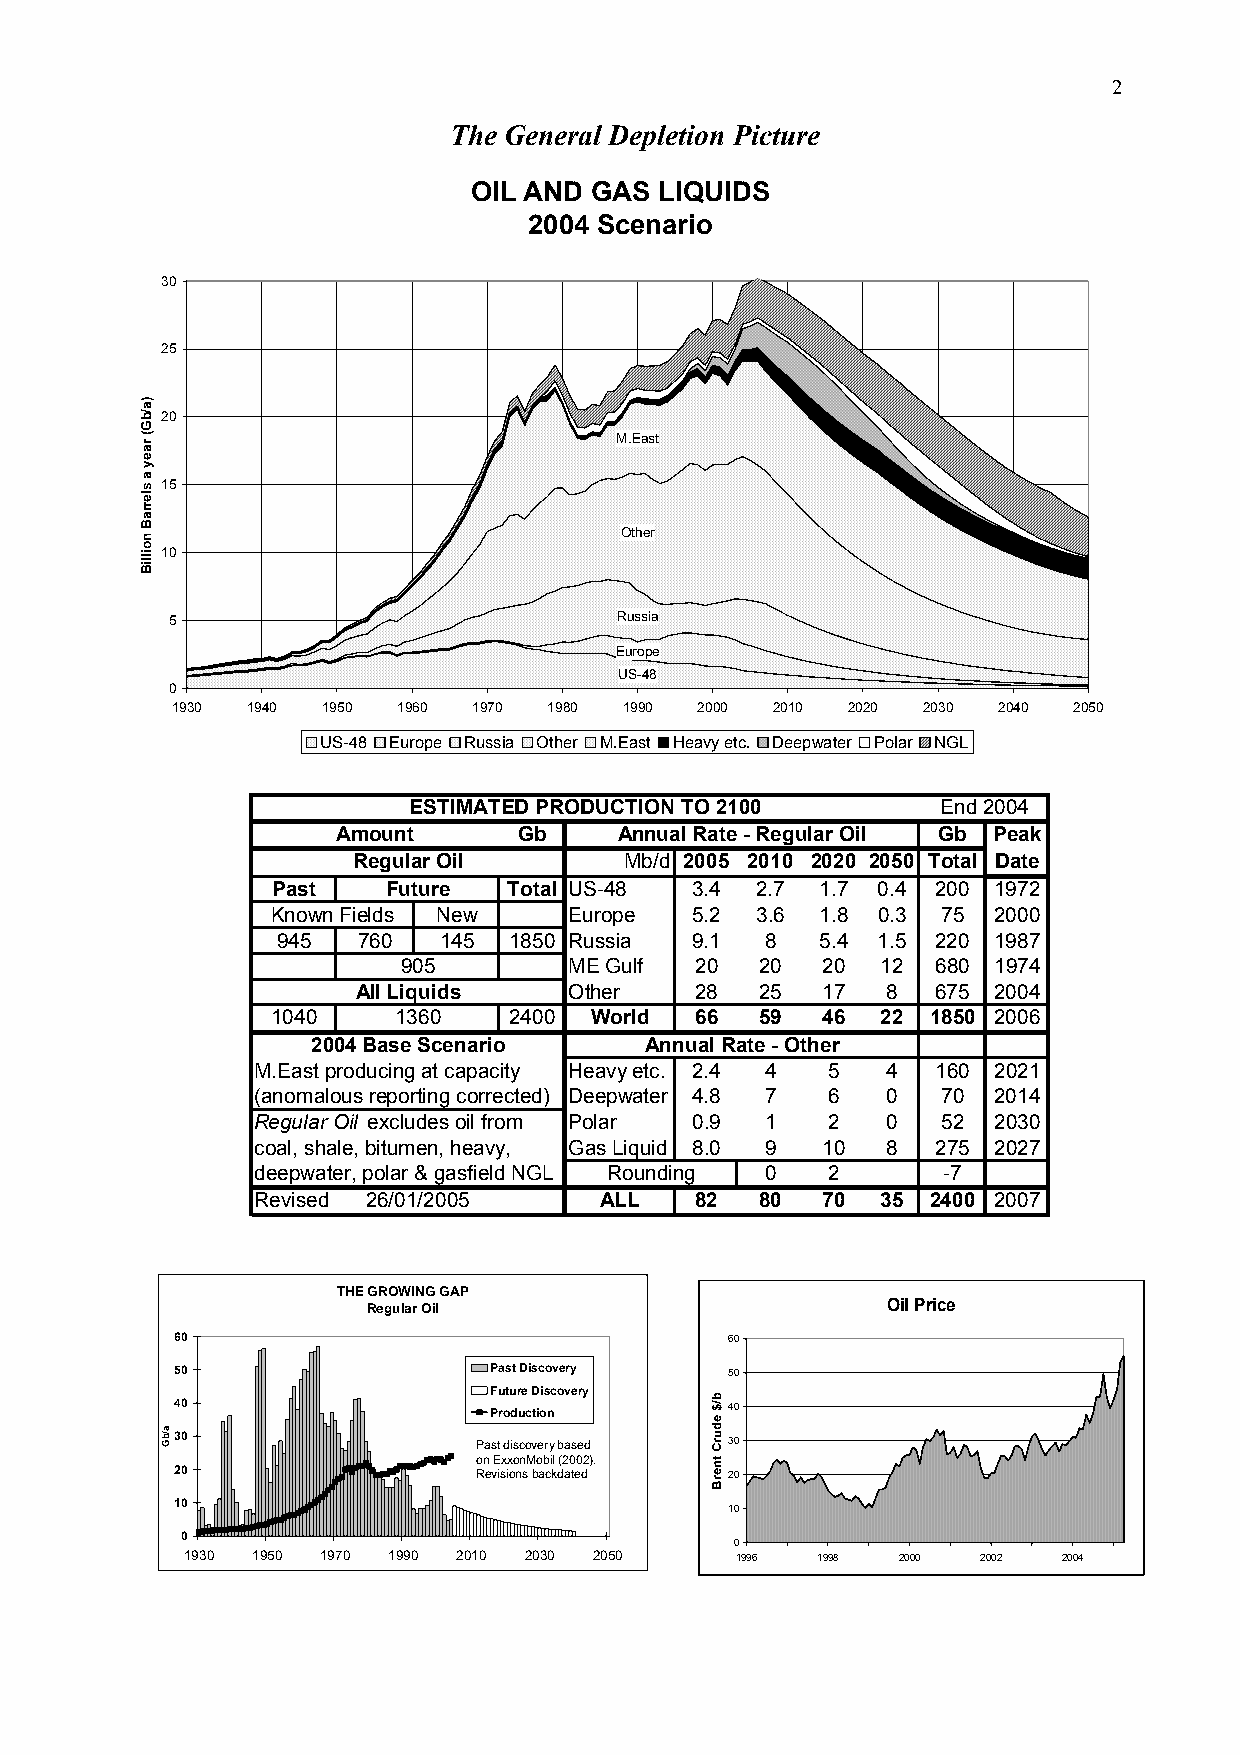
2
 The General Depletion Picture
 OIL AND GAS  LIQUIDS
 2004 Scenario
 30
 25
 20
 M.East
 15
 Other
 10
 5                             Russia
 Europe
 US-48
 0
 1930 1940 1950 1960 1970 1980 1990 2000 2010 2020 2030 2040 2050
 US-48 Europe Russia Other M.East Heavy etc. Deepwater Polar NGL
 ESTIMATED PRODUCTION TO 2100       End 2004
 Amount      Gb     Annual Rate - Regular Oil Gb Peak
 Regular Oil       Mb/d 2005 2010 2020 2050 Total Date
 Past    Future  Total US-48 3.4 2.7 1.7 0.4 200 1972
 Known Fields New    Europe  5.2 3.6 1.8 0.3 75  2000
 945   760  145  1850 Russia 9.1  8  5.4 1.5 220 1987
 905        ME Gulf 20  20  20  12  680 1974
 All Liquids   Other   28  25  17   8  675 2004
 1040    1360    2400 World  66  59  46  22  1850 2006
 2004 Base Scenario    Annual Rate - Other
 M.East producing at capacity Heavy etc. 2.4 4 5 4 160 2021
 (anomalous reporting corrected) Deepwater 4.8 7 6 0 70 2014
 Regular Oil excludes oil from Polar 0.9 1 2 0 52 2030
 coal, shale, bitumen, heavy, Gas Liquid 8.0 9 10 8 275 2027
 deepwater, polar & gasfield NGL Rounding 0 2 -7
 Revised 26/01/2005     ALL   82  80  70  35  2400 2007
 THE GROWING GAP
 Regular Oil                        Oil Price
 60                                  60
 50                  Past Discovery  50
 Future Discovery
 40                  Production      40
 30                 Past discovery based 30
 on ExxonMobil (2002).
 20                 Revisions backdated 20
 10
 10
 0
 0
 1930 1950 1970 1990 2010 2030 2050   1996 1998 2000  2002 2004
 )a/bG(
 raey
 a
 slerraB
 noilliB
 a/bG
 b/$
 edurC
 tnerB